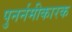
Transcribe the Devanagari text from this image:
पुनर्नमीकारक